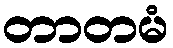
တာတမံ